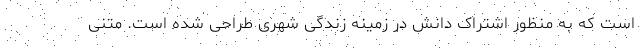
است که به منظور اشتراک دانش در زمینه زندگی شهری طراحی شده است. متنی